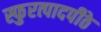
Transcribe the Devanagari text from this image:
स्फुरत्पादपीठे